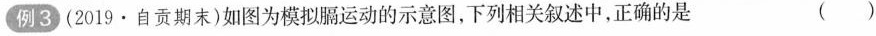
例3 (2019·自贡期末)如图为模拟膈运动的示意图，下列相关叙述中，正确的是 ()